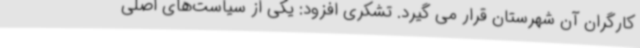
کارگران آن شهرستان قرار می گیرد. تشکری افزود: یکی از سیاست‌های اصلی